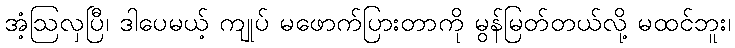
အံ့ဩလှပြီ၊ ဒါပေမယ့် ကျုပ် မဖောက်ပြားတာကို မွန်မြတ်တယ်လို့ မထင်ဘူး၊